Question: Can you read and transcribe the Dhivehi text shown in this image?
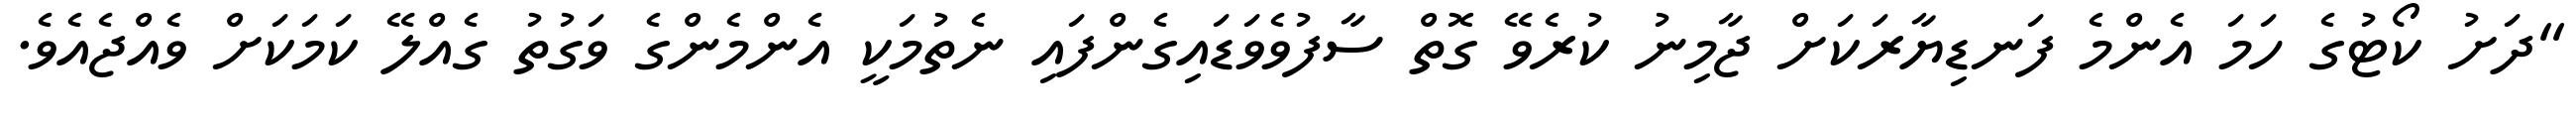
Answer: "ދަށު ކޯޓުގެ ހަމަ އެންމެ ފަނޑިޔާރަކަށް ޖާމިނު ކުރެވޭ ގޮތް ސާފުވެވަޑައިގެންފައި ނެތުމަކީ އެންމެންގެ ވަގުތު ގެއްލޭ ކަމަކަށް ވެއްޖެއެވެ.